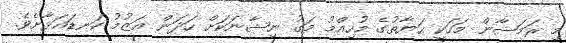
މި ރަމަޟާން މަހަކީ ޙަޔާތުގެ މުހިއްމު މަގު ނިޝާނަކަށް ހަދަން ޢަޒުމު ކަނޑައަޅާށެވެ.